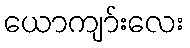
ယောကျာ်းလေး